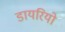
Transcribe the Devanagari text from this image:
डायरियो